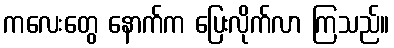
ကလေးတွေ နောက်က ပြေးလိုက်လာ ကြသည်။